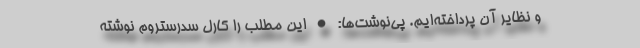
و نظایر آن پرداخته‌ایم. پی‌نوشت‌ها: • این مطلب را کارل سدرستروم نوشته